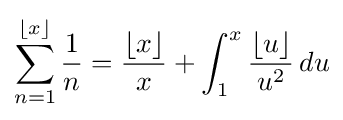
\sum _{n=1}^{\lfloor x\rfloor }{\frac {1}{n}}={\frac {\lfloor x\rfloor }{x}}+\int _{1}^{x}{\frac {\lfloor u\rfloor }{u^{2}}}\,du